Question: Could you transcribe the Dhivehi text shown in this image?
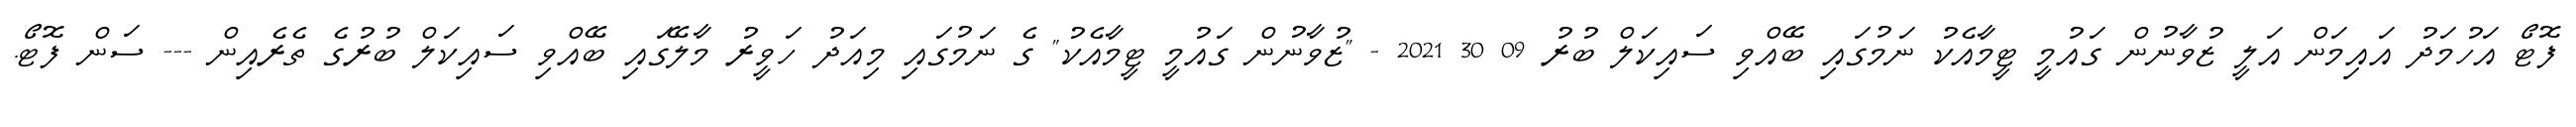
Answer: ފޮޓޯ އަހުމަދު އައިމަން އަލީ ޒުވާނުން ގައުމީ ޓީމާއެކު ނަމުގައި ބޭއްވި ސައިކަލް ބުރު 09 30 2021 - "ޒުވާނުން ގައުމީ ޓީމާއެކު" ގެ ނަމުގައި މިއަދު ހަވީރު މާލޭގައި ބޭއްވި ސައިކަލް ބުރުގެ ތެރެއިން --- ސަން ފޮޓޯ.